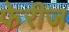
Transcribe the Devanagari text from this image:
फेरीज